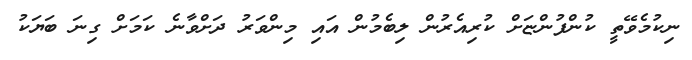
ނިކުމެވޭތީ ކުންފުންޏަށް ކުރިއެރުން ލިބެމުން އައި މިންވަރު ދަށްވާނެ ކަމަށް ގިނަ ބަޔަކު